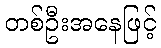
တစ်ဦးအနေဖြင့်